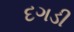
દગડી